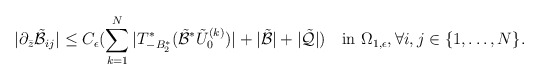
\begin{align*}\vert \partial_{\bar z}\tilde{\mathcal B}_{ij}\vert \le C_\epsilon(\sum_{k=1}^N\vert T^*_{- B_2^*}(\tilde{\mathcal B}^*\tilde U_0^{(k)})\vert+\vert\tilde{\mathcal B}\vert +\vert\tilde{\mathcal Q}\vert)\quad\mbox{in}\,\,\Omega_{1,\epsilon}, \forall i,j\in \{1,\dots, N\}.\end{align*}